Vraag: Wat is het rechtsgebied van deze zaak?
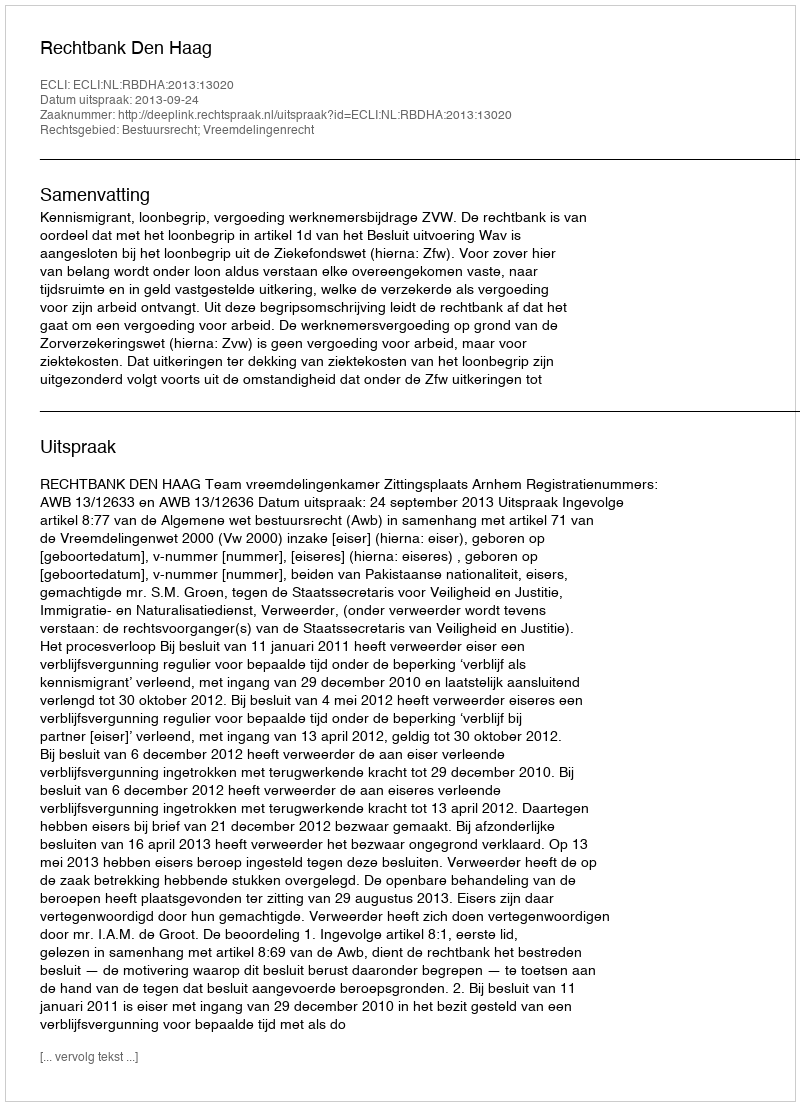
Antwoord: Bestuursrecht; Vreemdelingenrecht